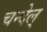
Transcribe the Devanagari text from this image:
चन्देल्